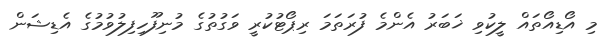
މި އޯޑިއޯތައް ލީކުވި ޚަބަރު އެންމެ ފުރަތަމަ ރިޕޯޓުކުރީ ވަގުތުގެ މުނިފޫހިފިލުވުމުގެ އެޑިޝަން